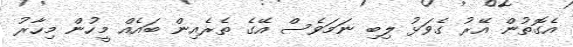
އެގޮތުން އޭރު ގެވަޅު ލިބި ނަމަވެސް އޭގެ ތެރެއިން ބައެއް މީހުން މިހާރު